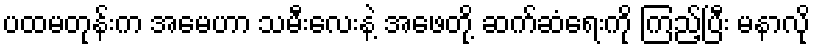
ပထမတုန်းက အမေဟာ သမီးလေးနဲ့ အဖေတို့ ဆက်ဆံရေးကို ကြည့်ပြီး မနာလို